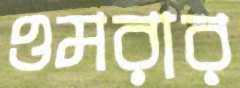
ওমরার